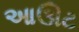
આઊટ